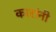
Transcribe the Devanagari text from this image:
कारांनी